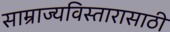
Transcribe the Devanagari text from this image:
साम्राज्यविस्तारासाठी